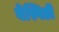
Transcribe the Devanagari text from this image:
बेस्पिडी